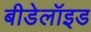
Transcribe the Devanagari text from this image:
बीडेलॉइड